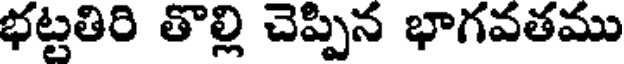
భట్టతిరి తొల్లి చెప్పిన భాగవతము